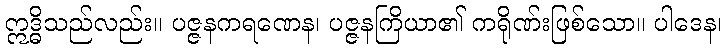
ဣဒ္ဓိသည်လည်း။ ပဇ္ဇနကရဏေန၊ ပဇ္ဇနကြိယာ၏ ကရိုဏ်းဖြစ်သော။ ပါဒေန၊